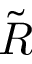
\Tilde { R }